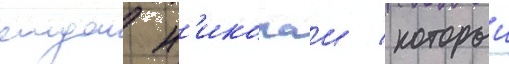
отдал н'иколаи / которыи